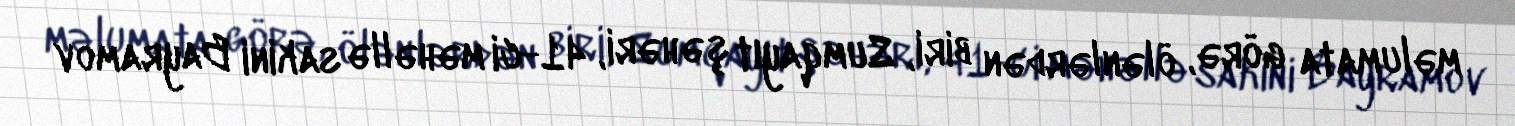
məlumata görə, ölənlərdən biri, Sumqayıt şəhəri, 41-ci məhəllə sakini Bayramov